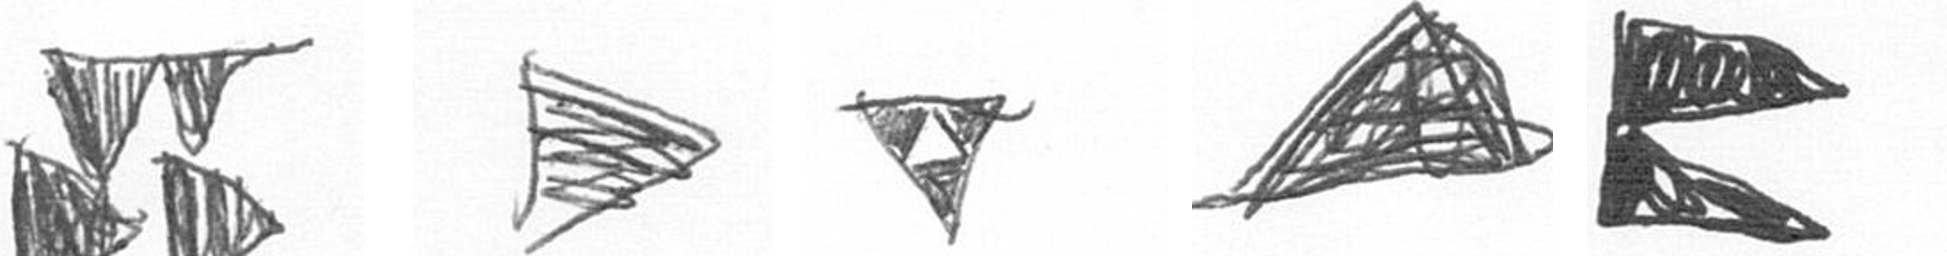
B T S O P